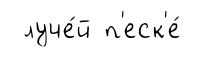
луче́й п'еск'е́